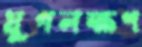
যুগলক্ষণ